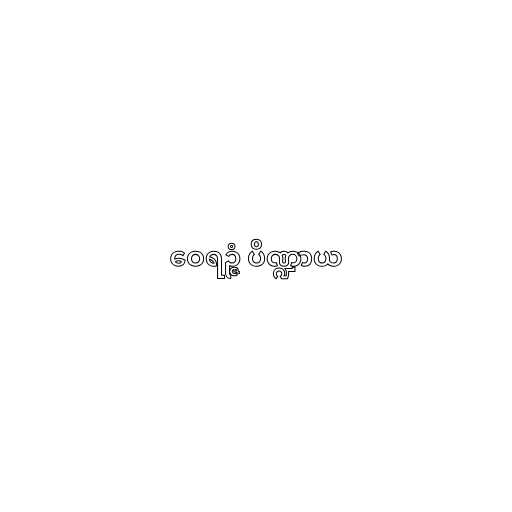
ဝေရဉ္ဇံ ပိဏ္ဍာယ